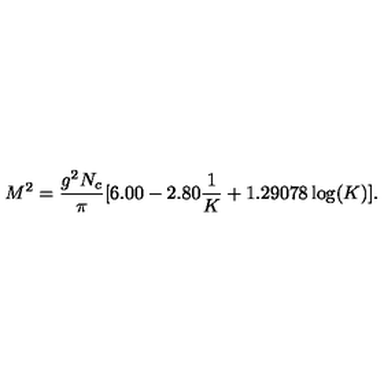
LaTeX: M ^ { 2 } = \frac { g ^ { 2 } N _ { c } } { \pi } [ 6 . 0 0 - 2 . 8 0 \frac { 1 } { K } + 1 . 2 9 0 7 8 \log ( K ) ] .